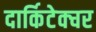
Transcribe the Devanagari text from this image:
दार्किटेक्चर